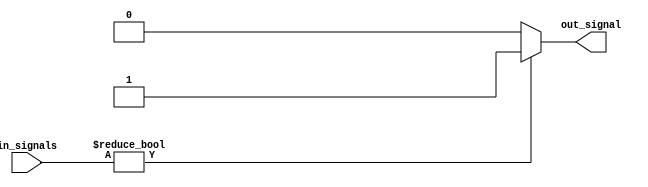
module or_gate_16 (
  input [15:0] in_signals,
  output reg out_signal
);


always @(*)begin
  if(in_signals != 16'h0000)
    out_signal = 1'b1;
  else
    out_signal = 1'b0;
end

endmodule